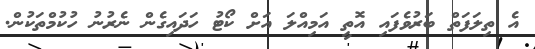
އެ ތިލަފަތް ބަރުވެފައި އޮތީ އަމިއްލަ އަށް ކޯޓު ހަދައިގެން ނެރުނު ހުކުމްތަކުން.